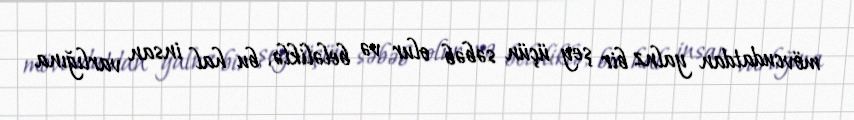
mövcudatdan yalnz bir şey üçün səbəb olur və beləliklə, bu hal insan varlığına